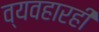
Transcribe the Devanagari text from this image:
व्यवहारही